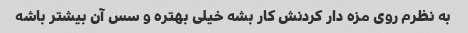
به نظرم روی مزه دار کردنش کار بشه خیلی بهتره و سس آن بیشتر باشه